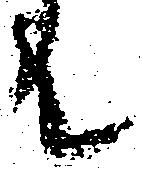
共